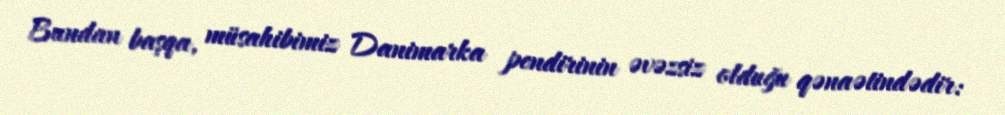
Bundan başqa, müsahibimiz Danimarka pendirinin əvəzsiz olduğu qənaətindədir: